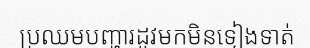
ប្រឈមបញ្ហារដូវមកមិនទៀងទាត់